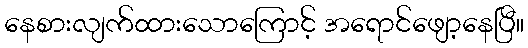
နေစားလျက်ထားသောကြောင့် အရောင်ဖျော့နေပြီ။